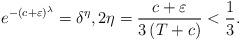
LaTeX: \begin{align*}e^{-\left( c+\varepsilon \right) ^{\lambda }}=\delta ^{\eta },2\eta =\frac{c+\varepsilon }{3\left( T+c\right) }<\frac{1}{3}. \end{align*}